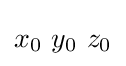
x_{0}\ y_{0}\ z_{0}